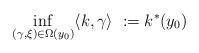
LaTeX: \begin{align*}\inf_{(\gamma , \xi)\in \Omega(y_0)}\langle k, \gamma \rangle\ := k^*(y_0)\end{align*}